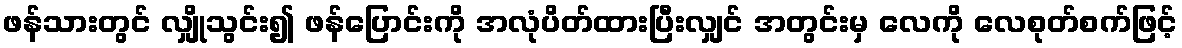
ဖန်သားတွင် လျှိုသွင်း၍ ဖန်ပြောင်းကို အလုံပိတ်ထားပြီးလျှင် အတွင်းမှ လေကို လေစုတ်စက်ဖြင့်